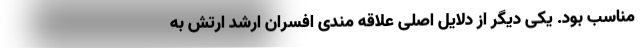
مناسب بود. یکی دیگر از دلایل اصلی علاقه مندی افسران ارشد ارتش به